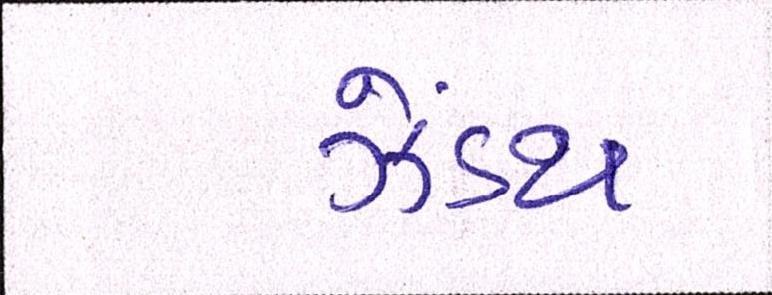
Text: ઝેંઽથ